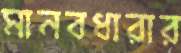
মানবধারার